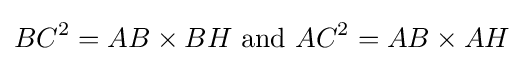
BC^{2}=AB\times BH{\text{ and }}AC^{2}=AB\times AH